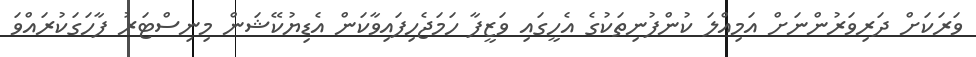
ވަރަކަށް ދަރިވަރުންނަށް އަމިއްލަ ކުންފުނިތަކުގެ އެހީގައި ވަޒީފާ ހަމަޖެހިފައިވާކަން އެޑިޔުކޭޝަން މިނިސްޓަރު ފާހަގަކުރައްވަ